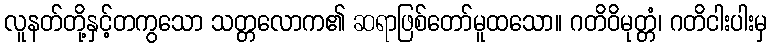
လူနတ်တို့နှင့်တကွသော သတ္တလောက၏ ဆရာဖြစ်တော်မူထသော။ ဂတိဝိမုတ္တံ၊ ဂတိငါးပါးမှ